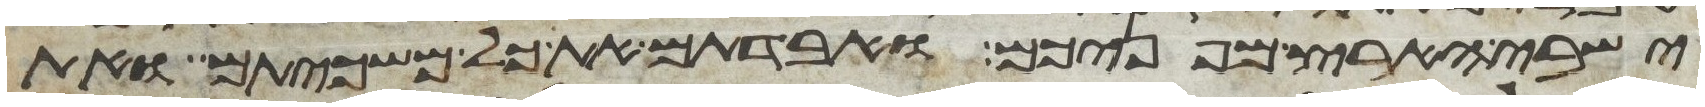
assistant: ישבי הארץ מפניכם ואבדתם את כל משכיותם ואת